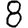
Digit: 8